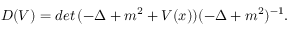
D ( V ) = d e t \, ( - \Delta + m ^ { 2 } + V ( x ) ) ( - \Delta + m ^ { 2 } ) ^ { - 1 } .